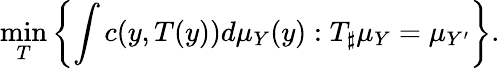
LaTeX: \operatorname*{min}_{T}\left\{ \int c(y,T(y))d\mu_{Y}(y):T_{\sharp}\mu_{Y}=\mu_{Y^{\prime}}\right\} .